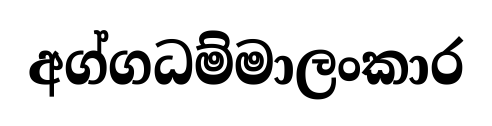
අග්ගධම්මාලංකාර